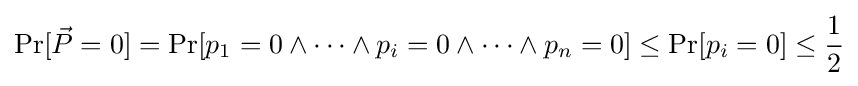
\Pr[{\vec {P}}=0]=\Pr[p_{1}=0\land \dots \land p_{i}=0\land \dots \land p_{n}=0]\leq \Pr[p_{i}=0]\leq {\frac {1}{2}}